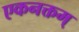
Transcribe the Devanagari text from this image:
एकनक्तम्